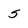
Character: 5